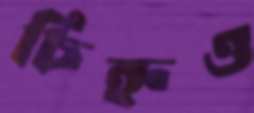
চিহ্নও